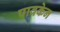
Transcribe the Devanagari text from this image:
पावकेन